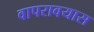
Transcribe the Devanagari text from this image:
वापरावयास